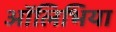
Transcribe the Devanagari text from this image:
ऑलिभिया